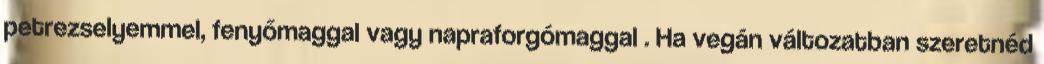
petrezselyemmel, fenyőmaggal vagy napraforgómaggal . Ha vegán változatban szeretnéd